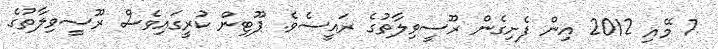
7 މޭއި 2012 އިން ފެށިގެން ރޫސީވިލާތުގެ ރައީސެވެ. ޕޫޓިން ކުރީގައިވެސް ރޫސީވިލާތުގެ